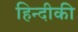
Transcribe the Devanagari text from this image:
हिन्दीकी